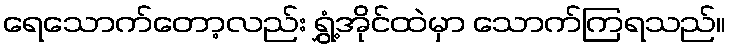
ရေသောက်တော့လည်း ရွှံ့အိုင်ထဲမှာ သောက်ကြရသည်။